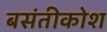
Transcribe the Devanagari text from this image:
बसंतीकोश